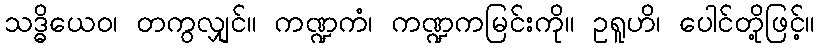
သဒ္ဓိယေဝ၊ တကွလျှင်။ ကဏ္ဍကံ၊ ကဏ္ဍကမြင်းကို။ ဥရူဟိ၊ ပေါင်တို့ဖြင့်။